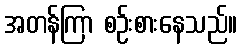
အတန်ကြာ စဉ်းစားနေသည်။